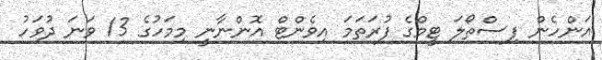
އަންހެން ފިސްތޯލަ ޓީމްގެ ފުރަތަމަ އިވެންޓް އޮންނާނީ މިމަހުގެ 13 ވަނަ ދުވަހު